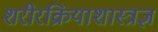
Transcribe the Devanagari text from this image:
शरीरक्रियाशास्त्रज्ञ